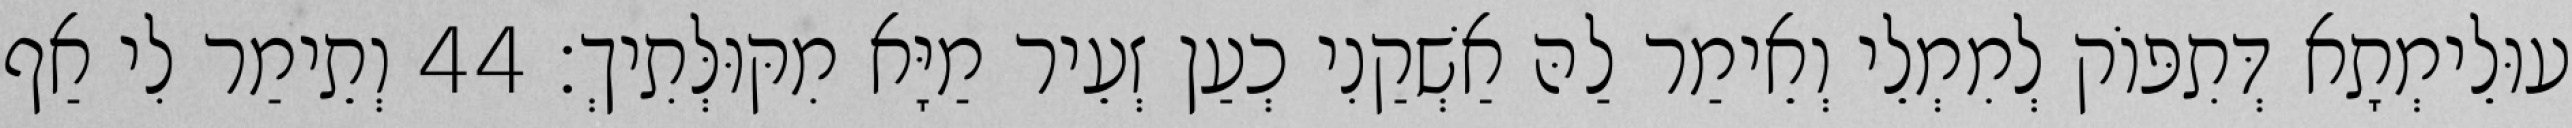
עוּלֵימְתָא דְּתִפּוֹק לְמִמְלֵי וְאֵימַר לַהּ אַשְׁקַנִי כְעַן זְעֵיר מַיָּא מִקּוּלְּתִיךְ׃ 44 וְתֵימַר לִי אַף